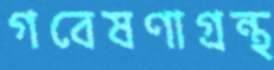
গবেষণাগ্রন্থ